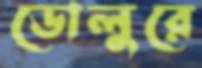
ডোলুরে